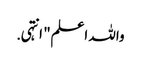
واللہ اعلم" انتہی .